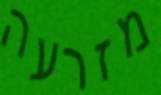
מזרעה